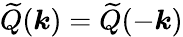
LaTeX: \widetilde{Q}(\boldsymbol{k})=\widetilde{Q}(-\boldsymbol{k})